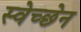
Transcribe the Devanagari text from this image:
स्वेच्छेन